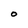
Character: O